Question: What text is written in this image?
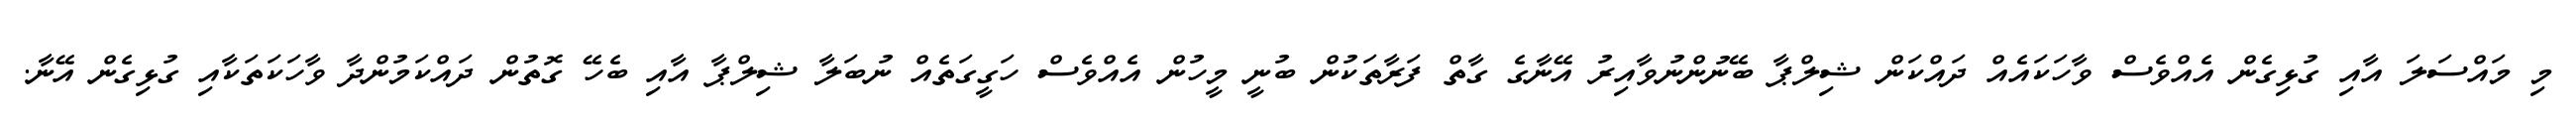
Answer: މި މައްސަލަ އާއި ގުޅިގެން އެއްވެސް ވާހަކައެއް ދައްކަން ޝިލްޕާ ބޭނުންނުވާއިރު އޭނާގެ ގާތް ފަރާތަކުން ބުނީ މީހުން އެއްވެސް ހަގީގަތެއް ނުބަލާ ޝިލްޕާ އާއި ބެހޭ ގޮތުން ދައްކަމުންދާ ވާހަކަތަކާއި ގުޅިގެން އޭނާ.